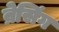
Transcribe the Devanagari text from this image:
ब्रेसिंग